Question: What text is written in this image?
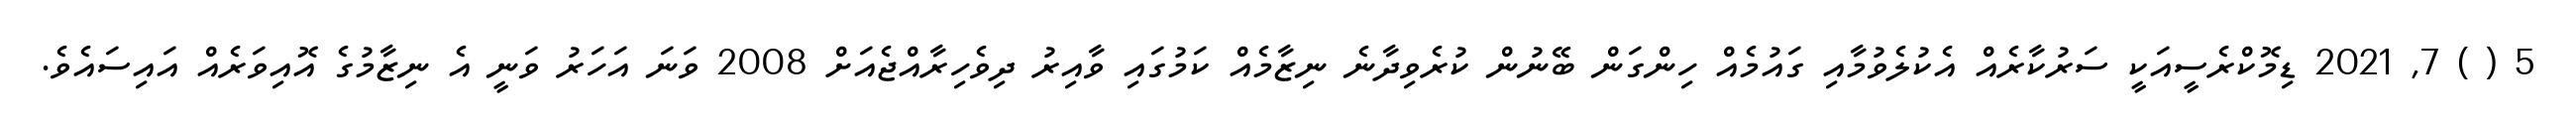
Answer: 5 ( ) 7, 2021 ޑިމޮކްރެސީއަކީ ސަރުކާރެއް އެކުލެވުމާއި ގައުމެއް ހިންގަން ބޭނުން ކުރެވިދާނެ ނިޒާމެއް ކަމުގައި ވާއިރު ދިވެހިރާއްޖެއަށް 2008 ވަނަ އަހަރު ވަނީ އެ ނިޒާމުގެ އޮއިވަރެއް އައިސައެވެ.